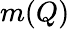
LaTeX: m(Q)